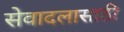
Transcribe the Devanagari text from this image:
सेवादलासाठी